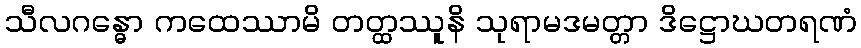
သီလဂန္ဓော ကထေဿာမိ တတ္ထဿူနိ သုရာမဒမတ္တာ ဒိဋ္ဌောဃတရဏံ